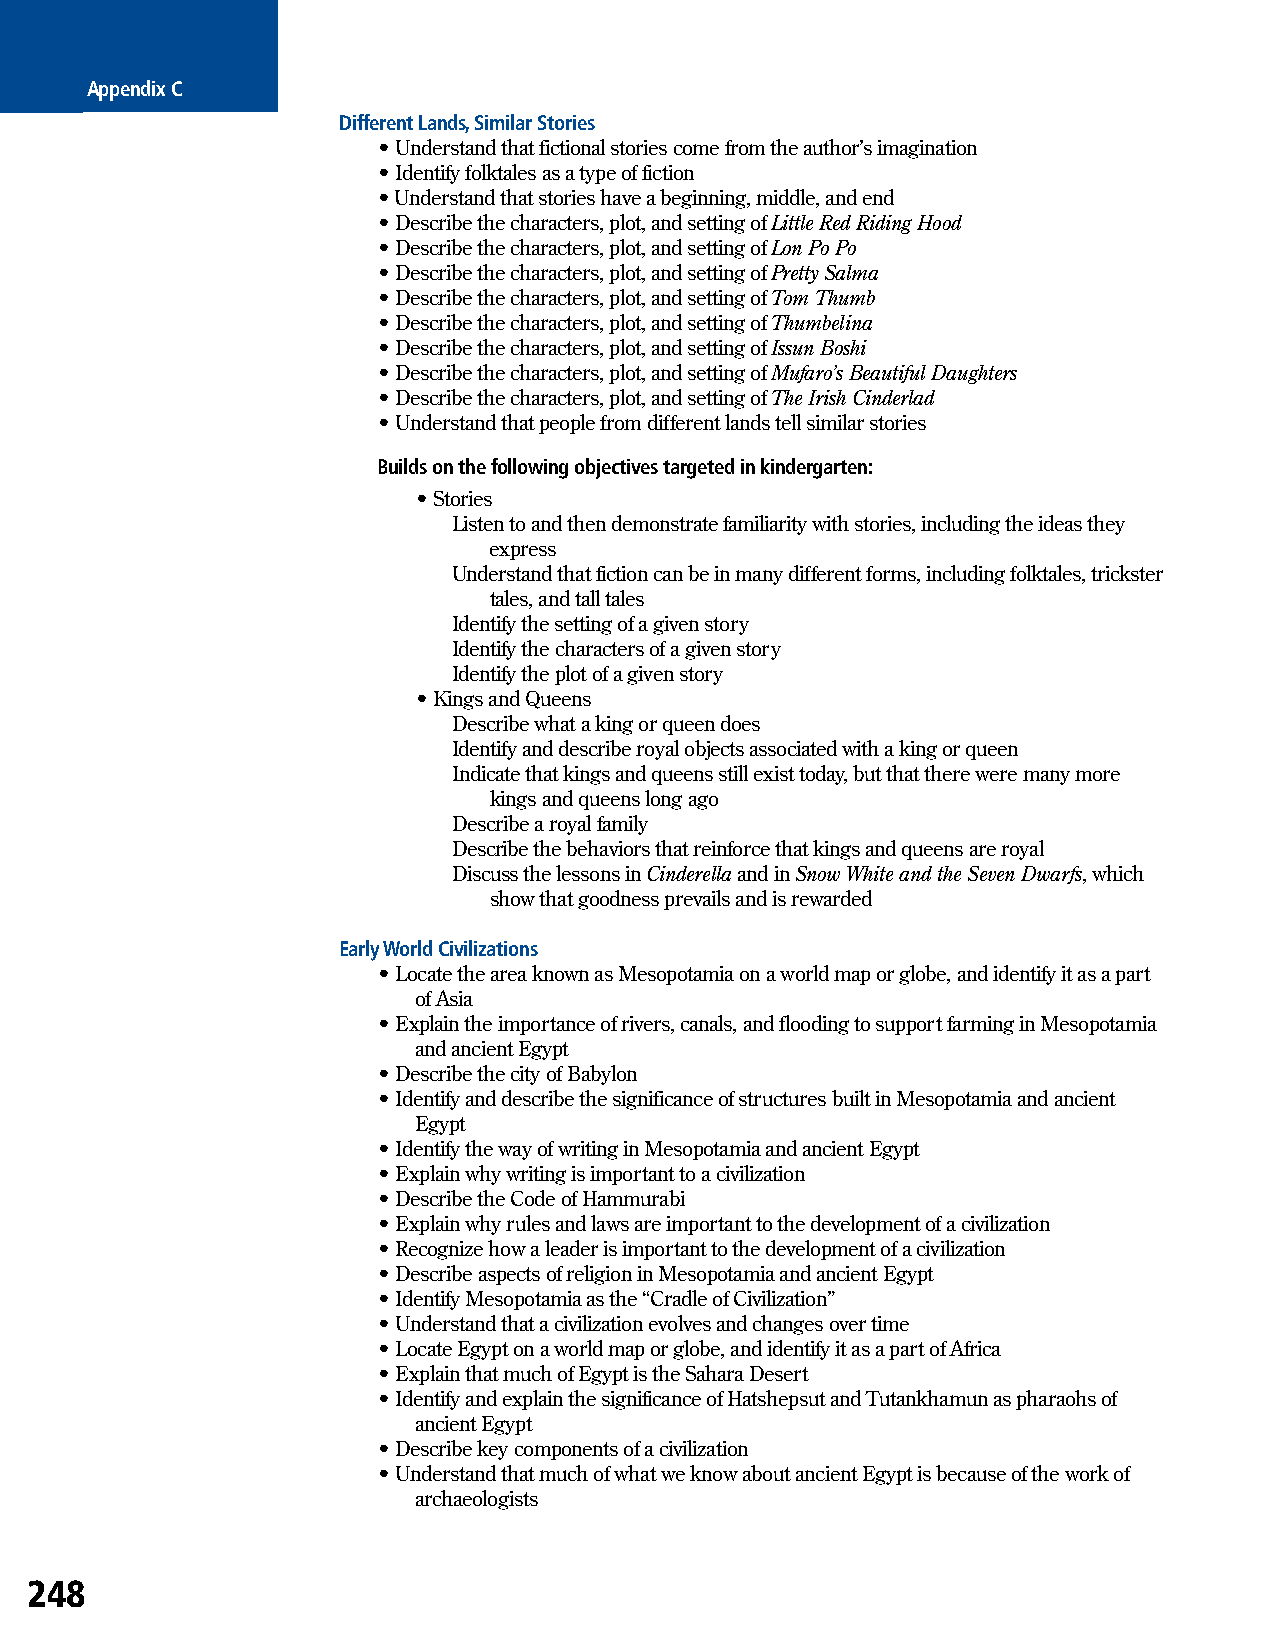
Appendix C
 Different Lands, Similar Stories
 • Understand that fictional stories come from the author’s imagination
 • Identify folktales as a type of fiction
 • Understand that stories have a beginning, middle, and end
 • Describe the characters, plot, and setting of Little Red Riding Hood
 • Describe the characters, plot, and setting of Lon Po Po
 • Describe the characters, plot, and setting of Pretty Salma
 • Describe the characters, plot, and setting of Tom Thumb
 • Describe the characters, plot, and setting of Thumbelina
 • Describe the characters, plot, and setting of Issun Boshi
 • Describe the characters, plot, and setting of Mufaro’s Beautiful Daughters
 • Describe the characters, plot, and setting of The Irish Cinderlad
 • Understand that people from different lands tell similar stories
 Builds on the following objectives targeted in kindergarten:
 • Stories
 Listen to and then demonstrate familiarity with stories, including the ideas they
 express
 Understand that fiction can be in many different forms, including folktales, trickster
 tales, and tall tales
 Identify the setting of a given story
 Identify the characters of a given story
 Identify the plot of a given story
 • Kings and Queens
 Describe what a king or queen does
 Identify and describe royal objects associated with a king or queen
 Indicate that kings and queens still exist today, but that there were many more
 kings and queens long ago
 Describe a royal family
 Describe the behaviors that reinforce that kings and queens are royal
 Discuss the lessons in Cinderella and in Snow White and the Seven Dwarfs, which
 show that goodness prevails and is rewarded
 Early World Civilizations
 • Locate the area known as Mesopotamia on a world map or globe, and identify it as a part
 of Asia
 • Explain the importance of rivers, canals, and flooding to support farming in Mesopotamia
 and ancient Egypt
 • Describe the city of Babylon
 • Identify and describe the significance of structures built in Mesopotamia and ancient
 Egypt
 • Identify the way of writing in Mesopotamia and ancient Egypt
 • Explain why writing is important to a civilization
 • Describe the Code of Hammurabi
 • Explain why rules and laws are important to the development of a civilization
 • Recognize how a leader is important to the development of a civilization
 • Describe aspects of religion in Mesopotamia and ancient Egypt
 • Identify Mesopotamia as the “Cradle of Civilization”
 • Understand that a civilization evolves and changes over time
 • Locate Egypt on a world map or globe, and identify it as a part of Africa
 • Explain that much of Egypt is the Sahara Desert
 • Identify and explain the significance of Hatshepsut and Tutankhamun as pharaohs of
 ancient Egypt
 • Describe key components of a civilization
 • Understand that much of what we know about ancient Egypt is because of the work of
 archaeologists
 248